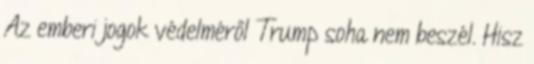
Az emberi jogok védelméről Trump soha nem beszél. Hisz